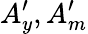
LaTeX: A_{y}^{\prime},A_{m}^{\prime}